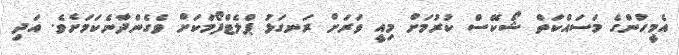
އެމީހުންގެ މަސައްކަތް ޝޯކޭސް ކުރުމަށް މިއީ ވަރަށް ރަނގަޅު ޕްލެޓްފޯމަކަށް ވެގެންދާނެކަމަށެވެ. އަދި